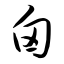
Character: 囟